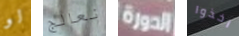
لو نعالج الدورة اخذوا